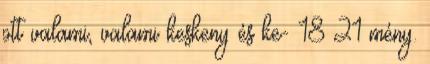
ott valami, valami keskeny és ke- 18 21 mény.